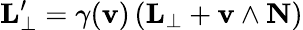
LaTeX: \mathbf{L}_{\perp}^{\prime}=\gamma(\mathbf{v})\left(\mathbf{L}_{\perp}+\mathbf{v}\wedge\mathbf{N}\right)